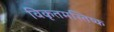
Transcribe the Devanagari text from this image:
विकृतमस्तिष्क